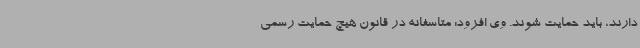
دارند، باید حمایت شوند. وی افزود: متاسفانه در قانون هیچ حمایت رسمی